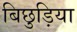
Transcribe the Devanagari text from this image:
बिछुड़िया